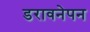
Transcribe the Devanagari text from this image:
डरावनेपन